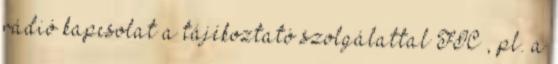
rádió kapcsolat a tájékoztató szolgálattal FIC , pl. a